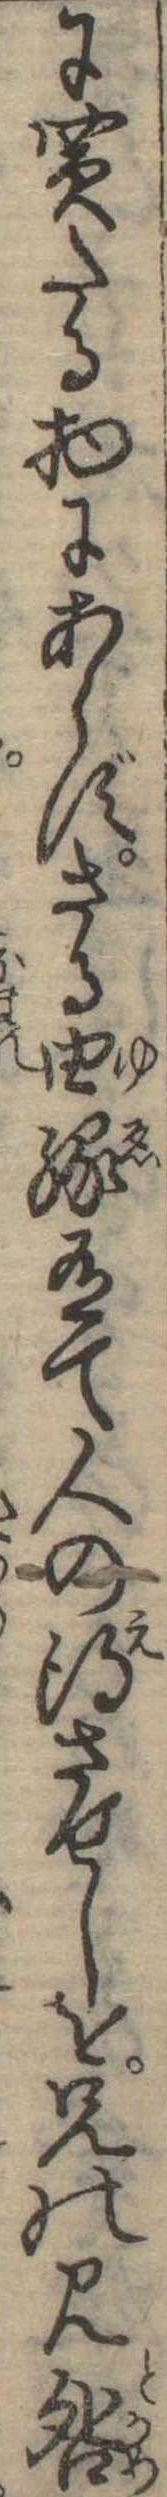
に買たる物にあらずさる由縁有て人の得させしを兄の見咎